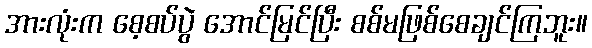
အားလုံးက စေ့စပ်ပွဲ အောင်မြင်ပြီး စစ်မဖြစ်စေချင်ကြဘူး။